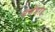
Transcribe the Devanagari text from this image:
चणेभरड